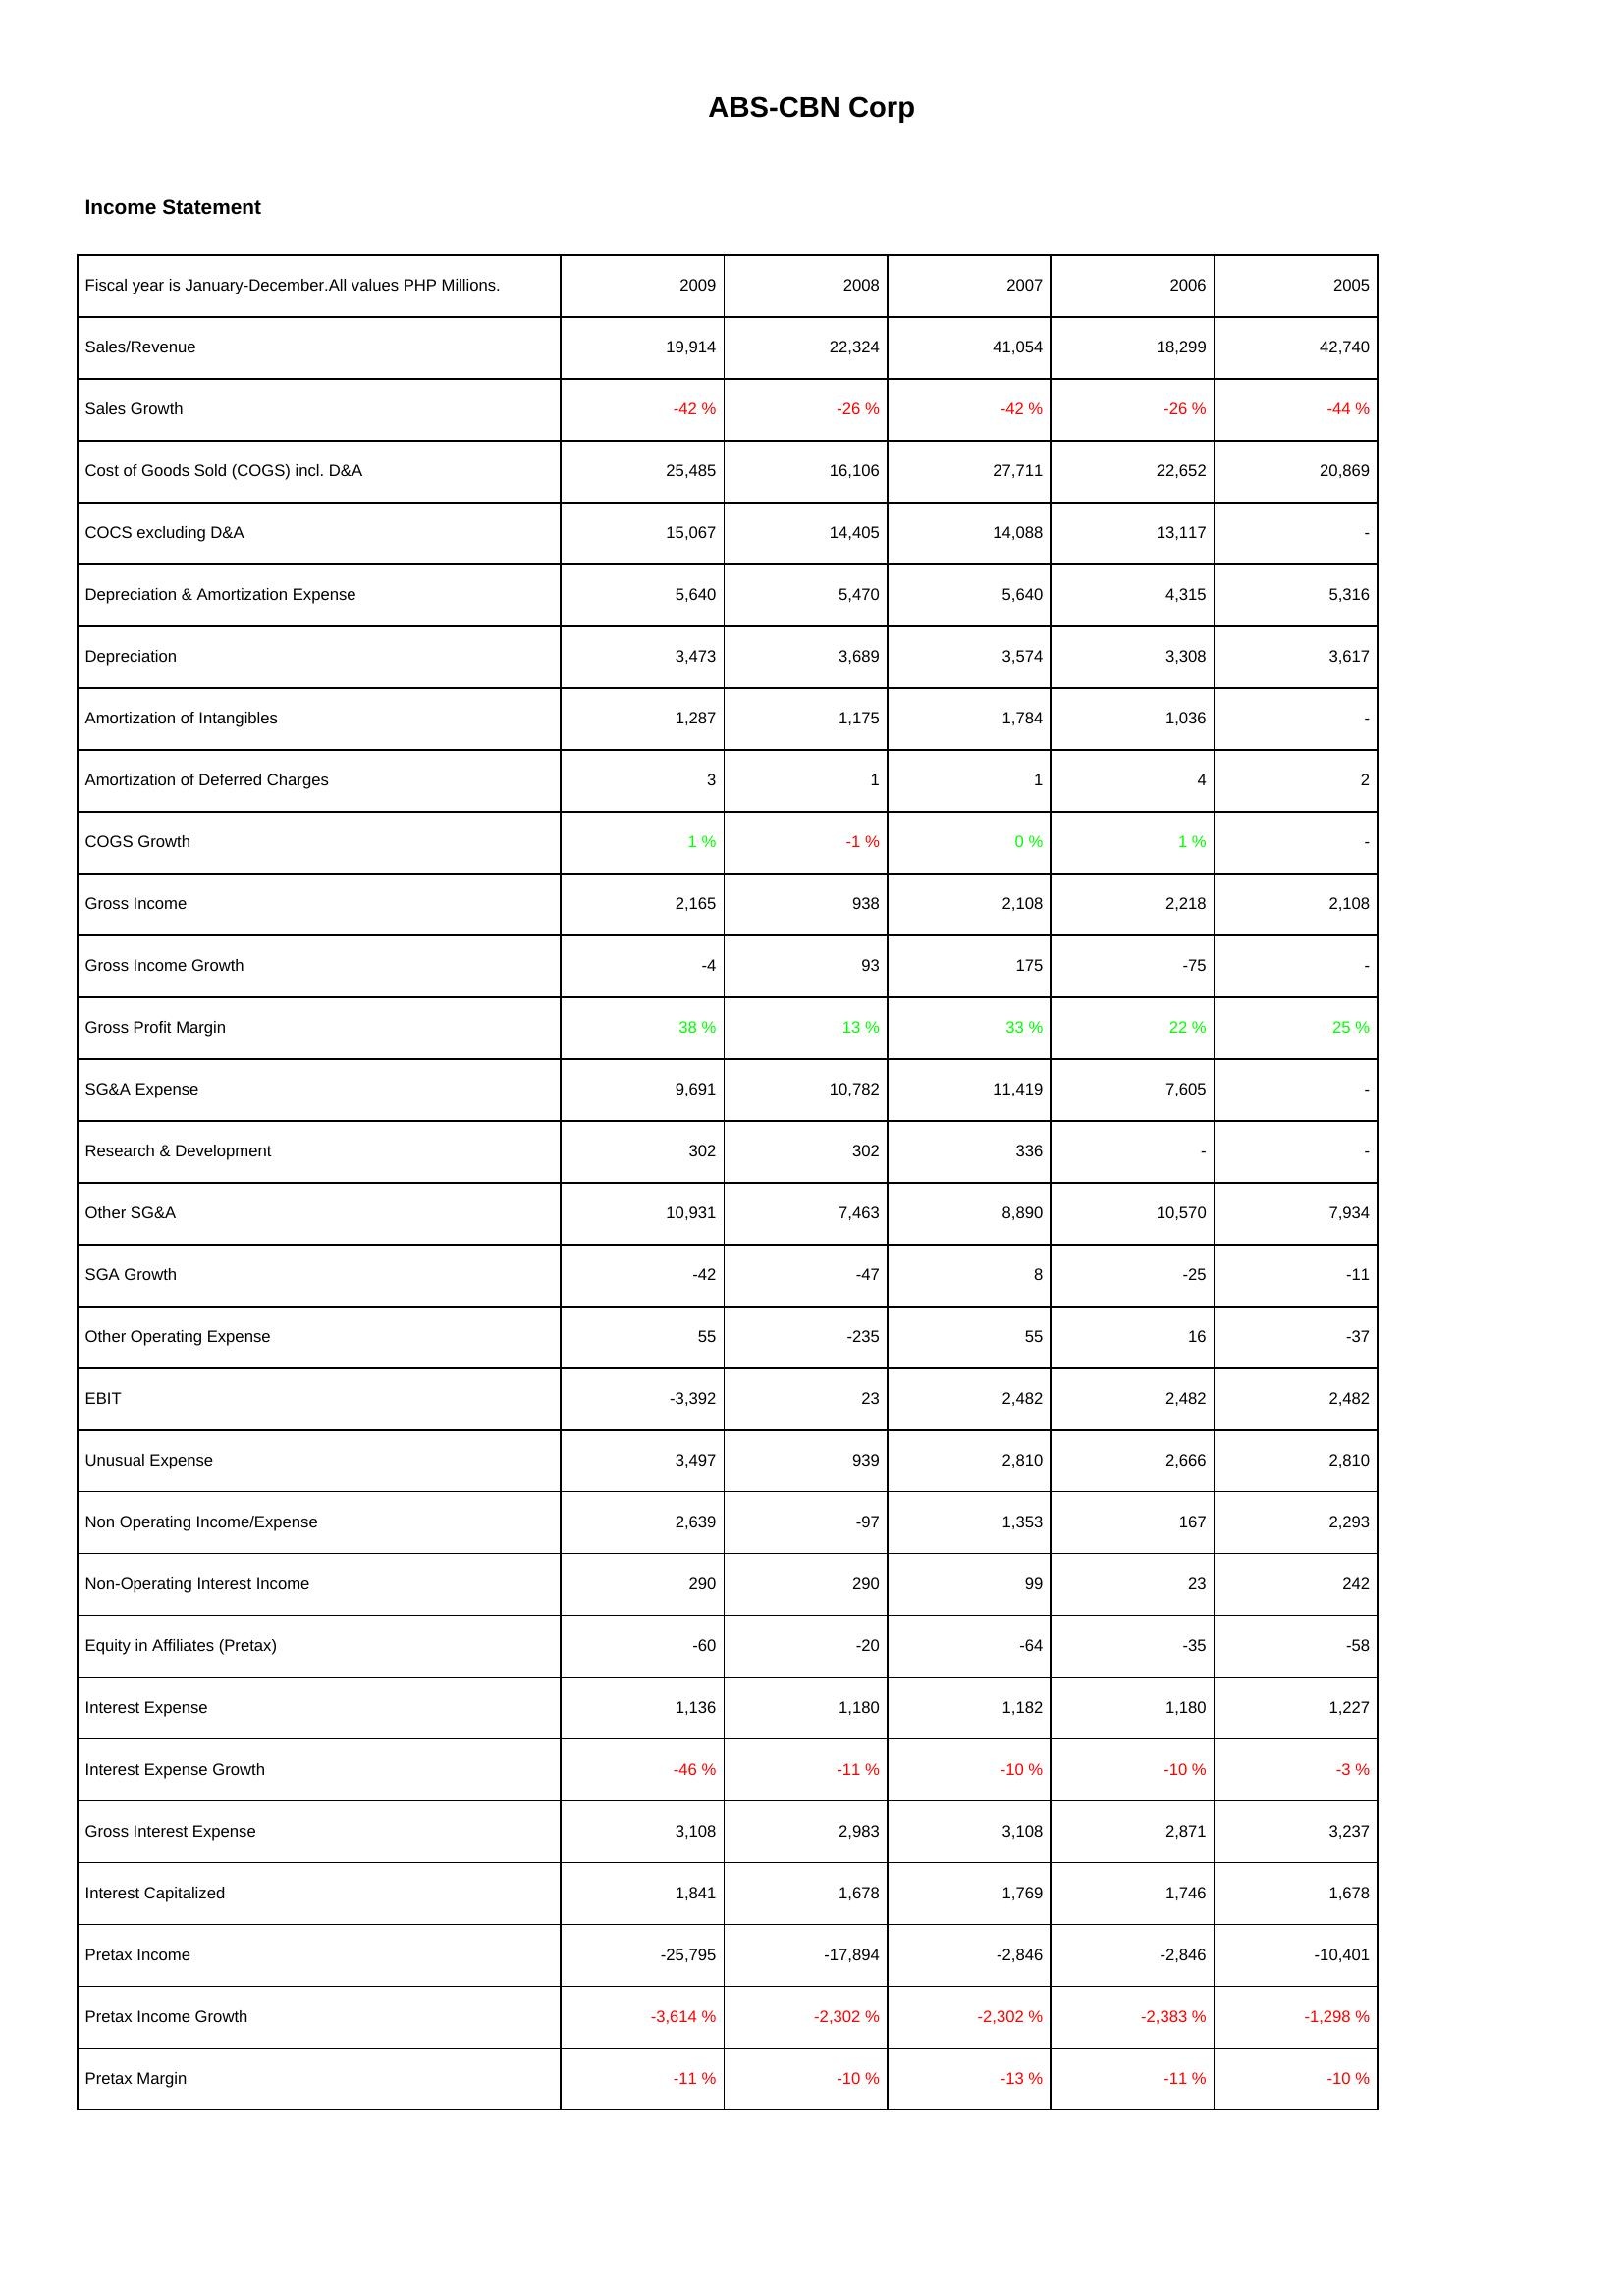
2009: Income Statement: Sales/Revenue: 19,914
Sales Growth: -42 %
Cost of Goods Sold (COGS) incl. D&A: 25,485
COCS excluding D&A: 15,067
Depreciation & Amortization Expense: 5,640
Depreciation: 3,473
Amortization of Intangibles: 1,287
Amortization of Deferred Charges: 3
COGS Growth: 1 %
Gross Income: 2,165
Gross Income Growth: -4
Gross Profit Margin: 38 %
SG&A Expense: 9,691
Research & Development: 302
Other SG&A: 10,931
SGA Growth: -42
Other Operating Expense: 55
EBIT: -3,392
Unusual Expense: 3,497
Non Operating Income/Expense: 2,639
Non-Operating Interest Income: 290
Equity in Affiliates (Pretax): -60
Interest Expense: 1,136
Interest Expense Growth: -46 %
Gross Interest Expense: 3,108
Interest Capitalized: 1,841
Pretax Income: -25,795
Pretax Income Growth: -3,614 %
Pretax Margin: -11 %
2008: Income Statement: Sales/Revenue: 22,324
Sales Growth: -26 %
Cost of Goods Sold (COGS) incl. D&A: 16,106
COCS excluding D&A: 14,405
Depreciation & Amortization Expense: 5,470
Depreciation: 3,689
Amortization of Intangibles: 1,175
Amortization of Deferred Charges: 1
COGS Growth: -1 %
Gross Income: 938
Gross Income Growth: 93
Gross Profit Margin: 13 %
SG&A Expense: 10,782
Research & Development: 302
Other SG&A: 7,463
SGA Growth: -47
Other Operating Expense: -235
EBIT: 23
Unusual Expense: 939
Non Operating Income/Expense: -97
Non-Operating Interest Income: 290
Equity in Affiliates (Pretax): -20
Interest Expense: 1,180
Interest Expense Growth: -11 %
Gross Interest Expense: 2,983
Interest Capitalized: 1,678
Pretax Income: -17,894
Pretax Income Growth: -2,302 %
Pretax Margin: -10 %
2007: Income Statement: Sales/Revenue: 41,054
Sales Growth: -42 %
Cost of Goods Sold (COGS) incl. D&A: 27,711
COCS excluding D&A: 14,088
Depreciation & Amortization Expense: 5,640
Depreciation: 3,574
Amortization of Intangibles: 1,784
Amortization of Deferred Charges: 1
COGS Growth: 0 %
Gross Income: 2,108
Gross Income Growth: 175
Gross Profit Margin: 33 %
SG&A Expense: 11,419
Research & Development: 336
Other SG&A: 8,890
SGA Growth: 8
Other Operating Expense: 55
EBIT: 2,482
Unusual Expense: 2,810
Non Operating Income/Expense: 1,353
Non-Operating Interest Income: 99
Equity in Affiliates (Pretax): -64
Interest Expense: 1,182
Interest Expense Growth: -10 %
Gross Interest Expense: 3,108
Interest Capitalized: 1,769
Pretax Income: -2,846
Pretax Income Growth: -2,302 %
Pretax Margin: -13 %
2006: Income Statement: Sales/Revenue: 18,299
Sales Growth: -26 %
Cost of Goods Sold (COGS) incl. D&A: 22,652
COCS excluding D&A: 13,117
Depreciation & Amortization Expense: 4,315
Depreciation: 3,308
Amortization of Intangibles: 1,036
Amortization of Deferred Charges: 4
COGS Growth: 1 %
Gross Income: 2,218
Gross Income Growth: -75
Gross Profit Margin: 22 %
SG&A Expense: 7,605
Research & Development: -
Other SG&A: 10,570
SGA Growth: -25
Other Operating Expense: 16
EBIT: 2,482
Unusual Expense: 2,666
Non Operating Income/Expense: 167
Non-Operating Interest Income: 23
Equity in Affiliates (Pretax): -35
Interest Expense: 1,180
Interest Expense Growth: -10 %
Gross Interest Expense: 2,871
Interest Capitalized: 1,746
Pretax Income: -2,846
Pretax Income Growth: -2,383 %
Pretax Margin: -11 %
2005: Income Statement: Sales/Revenue: 42,740
Sales Growth: -44 %
Cost of Goods Sold (COGS) incl. D&A: 20,869
COCS excluding D&A: -
Depreciation & Amortization Expense: 5,316
Depreciation: 3,617
Amortization of Intangibles: -
Amortization of Deferred Charges: 2
COGS Growth: -
Gross Income: 2,108
Gross Income Growth: -
Gross Profit Margin: 25 %
SG&A Expense: -
Research & Development: -
Other SG&A: 7,934
SGA Growth: -11
Other Operating Expense: -37
EBIT: 2,482
Unusual Expense: 2,810
Non Operating Income/Expense: 2,293
Non-Operating Interest Income: 242
Equity in Affiliates (Pretax): -58
Interest Expense: 1,227
Interest Expense Growth: -3 %
Gross Interest Expense: 3,237
Interest Capitalized: 1,678
Pretax Income: -10,401
Pretax Income Growth: -1,298 %
Pretax Margin: -10 %